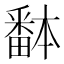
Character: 𱱀